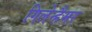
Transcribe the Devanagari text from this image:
गिलेन्हैमर